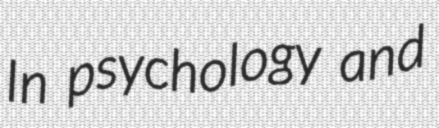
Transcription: In psychology and